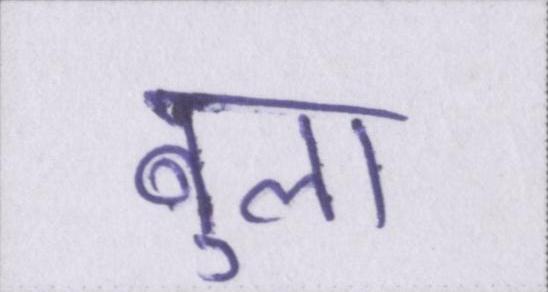
बुला